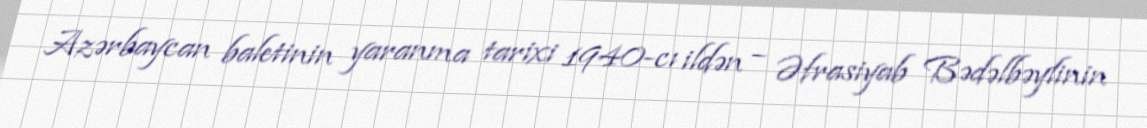
Azərbaycan baletinin yaranma tarixi 1940-cı ildən – Əfrasiyab Bədəlbəylinin